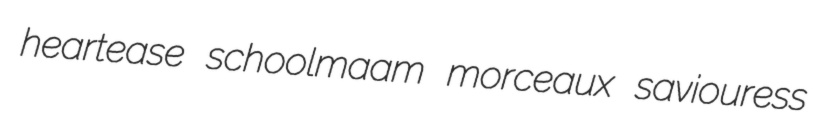
heartease schoolmaam morceaux saviouress